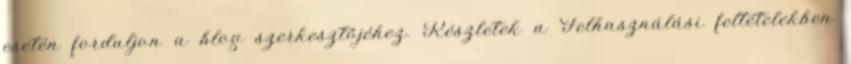
esetén forduljon a blog szerkesztőjéhez. Részletek a Felhasználási feltételekben